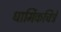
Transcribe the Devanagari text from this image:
धार्मिकचित्रे